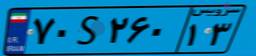
۷۰S۲۶۰۱۳